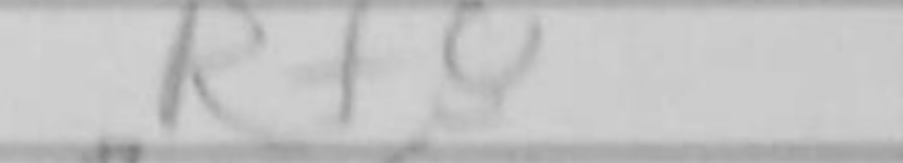
Transcription: Rf8